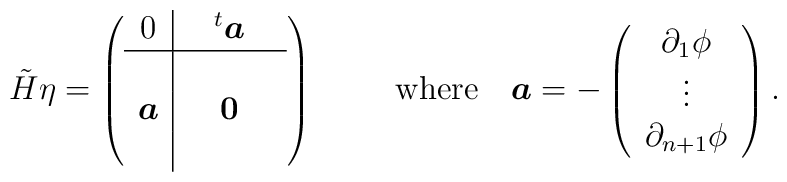
\tilde{H} \eta=    \left(     \begin{array}{c|ccc}       0 & & {}^t \mbox{\boldmath $a$} & \\ \hline         & & & \\       \mbox{\boldmath $a$} & & \mbox{\boldmath $0$} & \\         & & &      \end{array}    \right)\hspace{10mm}\mbox{where} \quad   \mbox{\boldmath $a$}=-    \left(     \begin{array}{c}      \partial_1 \phi  \\      \vdots \\      \partial_{n+1} \phi       \end{array}    \right).